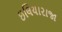
ઇલિયારાજા